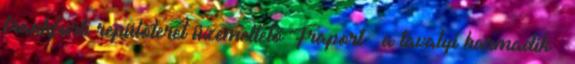
frankfurti repülőteret üzemeltető Fraport – a tavalyi harmadik –